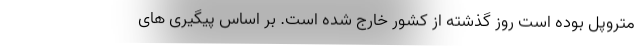
متروپل بوده است روز گذشته از کشور خارج شده است. بر اساس پیگیری های